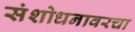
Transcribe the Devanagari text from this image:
संशोधनावरचा